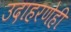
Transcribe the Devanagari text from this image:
उदाहरणेही